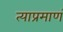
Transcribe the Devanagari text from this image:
त्याप्रमाणं